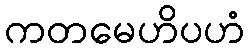
ကတမေဟိပဟံ